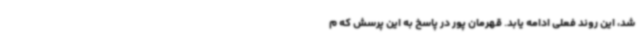
شد، این روند فعلی ادامه یابد. قهرمان پور در پاسخ به این پرسش که م